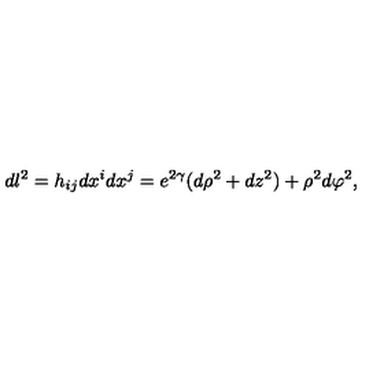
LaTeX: d l ^ { 2 } = h _ { i j } d x ^ { i } d x ^ { j } = e ^ { 2 \gamma } ( d \rho ^ { 2 } + d z ^ { 2 } ) + \rho ^ { 2 } d \varphi ^ { 2 } ,